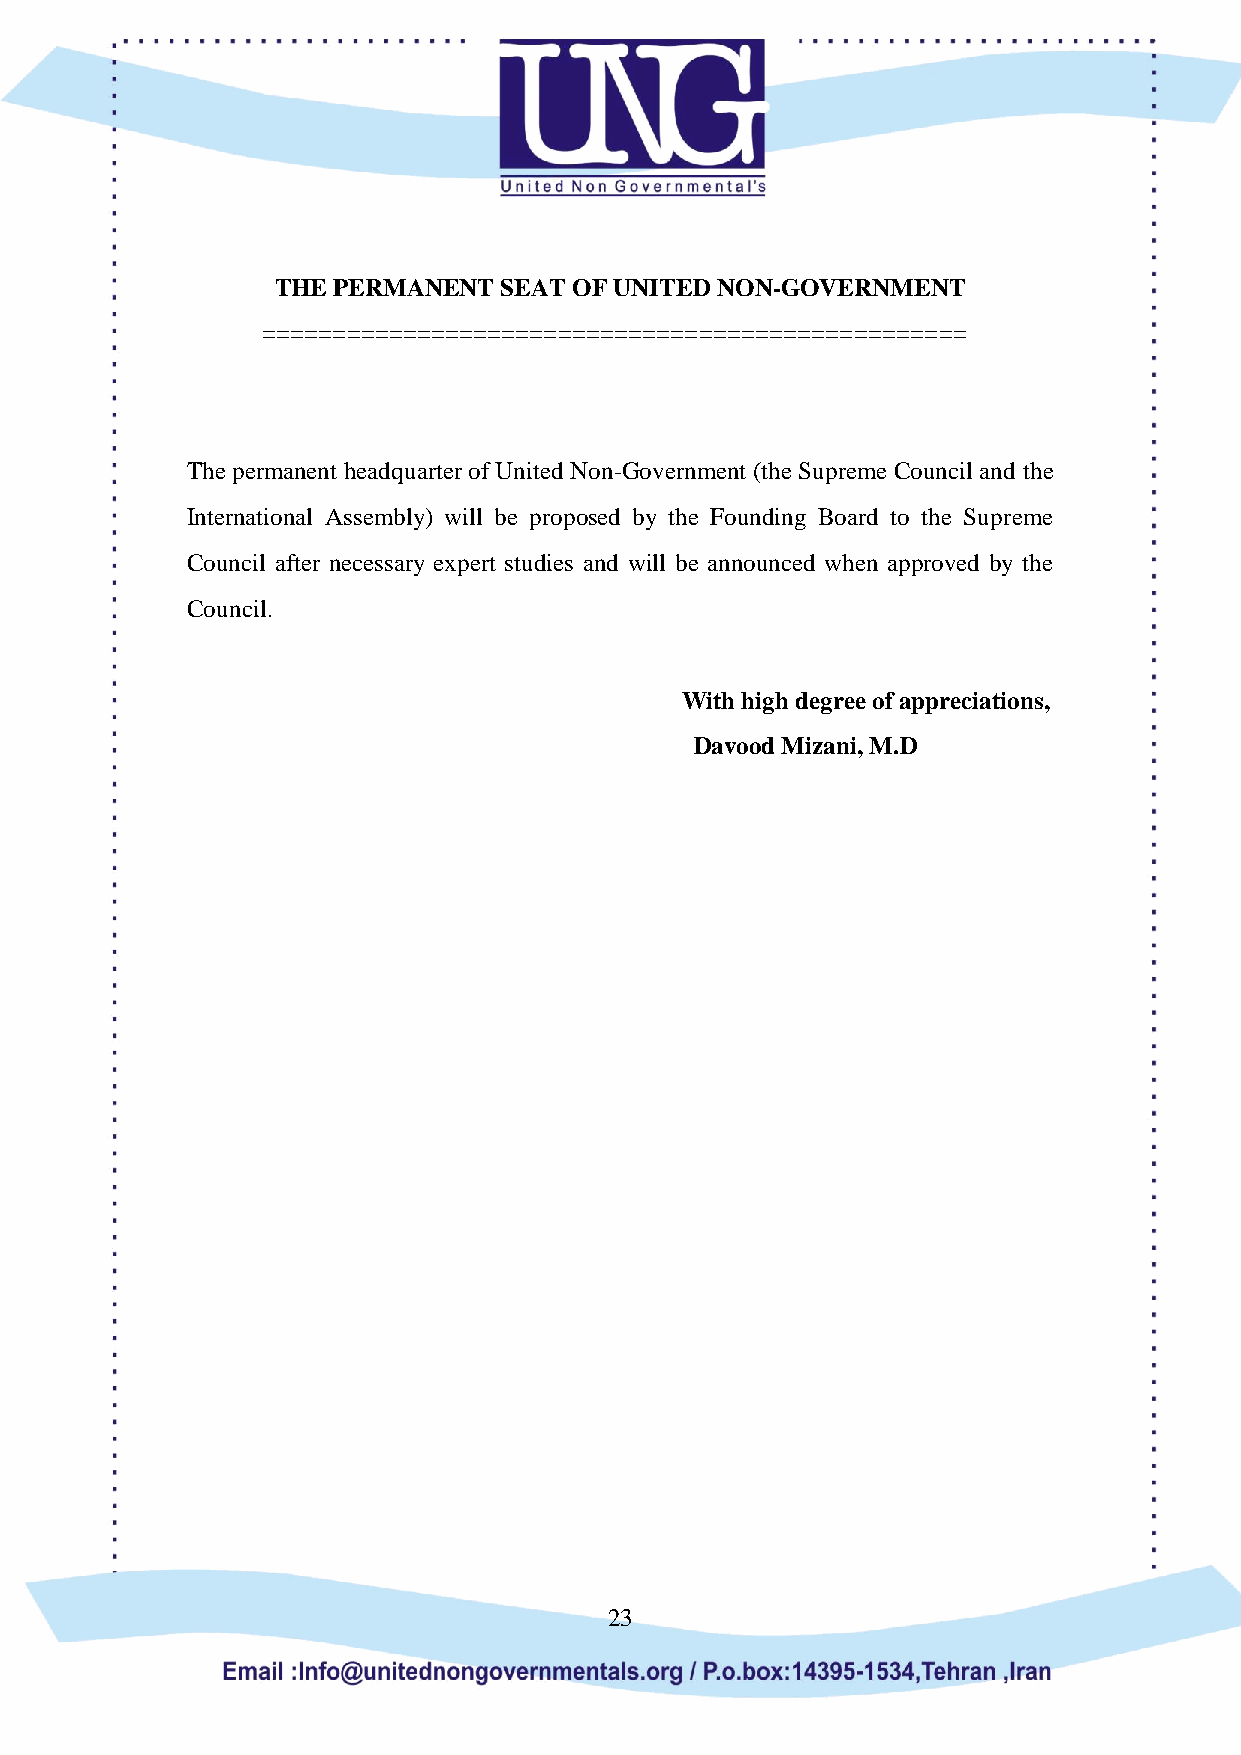
THE PERMANENT  SEAT OF UNITED NON-GOVERNMENT
 ==================================================
 The permanent headquarter of United Non-Government (the Supreme Council and the
 International Assembly) will be proposed by the Founding Board to the Supreme
 Council after necessary expert studies and will be announced when approved by the
 Council.
 With high degree of appreciations,
 Davood Mizani, M.D
 23